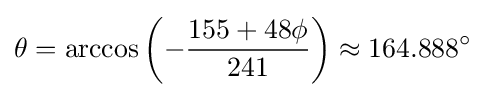
\theta =\arccos \left(-{\frac {155+48\phi }{241}}\right)\approx 164.888^{\circ }